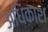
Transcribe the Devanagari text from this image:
अधिंकाश